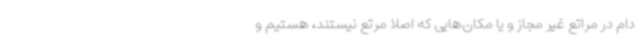
دام در مراتع غیر مجاز و یا مکان‌هایی که اصلا مرتع نیستند، هستیم و